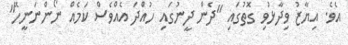
އެވެ. އިޔާޒު ވިދާޅުވި ގޮތުގައި "ދެން ދީނުގައި ހުއްދަ އެއްވެސް ކަމެއް ނޯންނަނީހޭ"